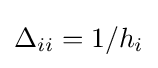
\Delta _{ii}=1/h_{i}